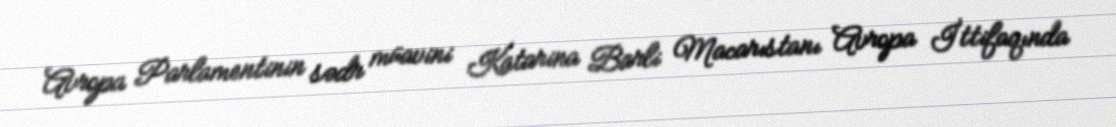
Avropa Parlamentinin sədr müavini Katarina Barli Macarıstanı Avropa İttifaqında